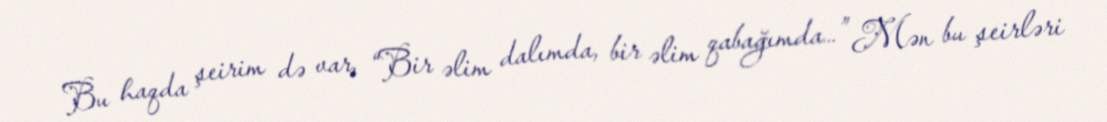
Bu haqda şeirim də var, “Bir əlim dalımda, bir əlim qabağımda…” Mən bu şeirləri